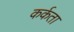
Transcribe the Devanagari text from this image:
कर्कता